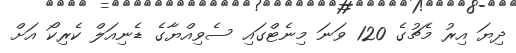
ދިޔަ އިރު މެޗުގެ 120 ވަނަ މިނެޓްގައި ސެވިއްޔާގެ ޑެނިއަލް ކެރިކޯ އަށް